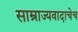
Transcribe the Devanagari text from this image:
साम्राज्यवादाचेच